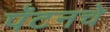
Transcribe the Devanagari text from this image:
पॅटनचे